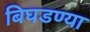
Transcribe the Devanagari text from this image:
बिघडण्या